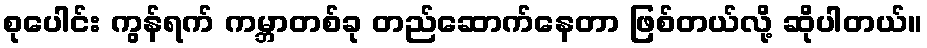
စုပေါင်း ကွန်ရက် ကမ္ဘာတစ်ခု တည်ဆောက်နေတာ ဖြစ်တယ်လို့ ဆိုပါတယ်။